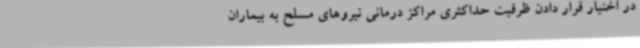
در اختیار قرار دادن ظرفیت حداکثری مراکز درمانی نیروهای مسلح به بیماران